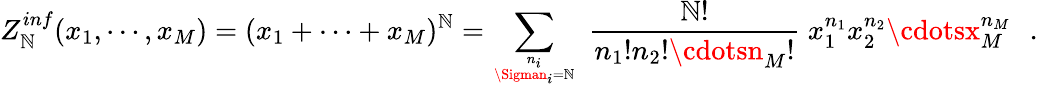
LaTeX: Z_{\mathbb{N}}^{inf}(x_{1},\cdots,x_{M})=(x_{1}+\cdots+x_{M})^{\mathbb{N}}=\sum_{{n_{i}}\atop{\Sigman_{i}=\mathbb{N}}}~{\frac{{\mathbb{N}!}}{{n_{1}!n_{2}!\cdotsn_{M}!}}}~x_{1}^{n_{1}}x_{2}^{n_{2}}\cdotsx_{M}^{n_{M}}\, \, \, \, .